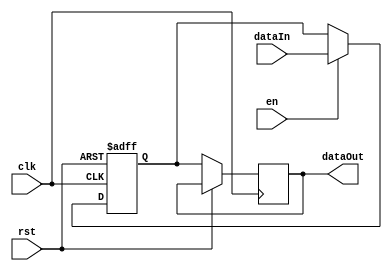
`timescale 1ns / 1ps
//////////////////////////////////////////////////////////////////////////////////
// Company: 
// Engineer: 
// 
// Design Name: 
// Module Name:    Register 
// Project Name: 
// Target Devices: 
// Tool versions: 
// Description: 
//
// Dependencies: 
//
// Revision: 
// Revision 0.01 - File Created
// Additional Comments: 
//
//////////////////////////////////////////////////////////////////////////////////
module Register(input wire clk, input wire rst, input wire [7:0]dataIn, output reg [7:0]dataOut, input wire en);
	reg [7:0]data;
	
	always @(posedge clk, posedge rst)
	begin
		if(rst)
		begin
			data <= 0;
		end
		
		else
		begin
			if(en)
				data <= dataIn;
				
			dataOut <= data;
		end
	end
endmodule